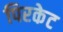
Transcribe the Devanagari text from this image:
पिरकेट